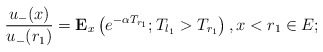
\begin{align*} \frac{u_-(x)}{u_-(r_1)}=\mathbf{E}_x\left(e^{-\alpha T_{r_1}}; T_{l_1}>T_{r_1} \right),x<r_1\in E; \end{align*}